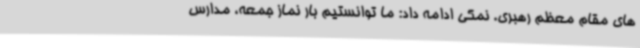
های مقام معظم رهبری. نمکی ادامه داد: ما توانستیم بار نماز جمعه، مدارس